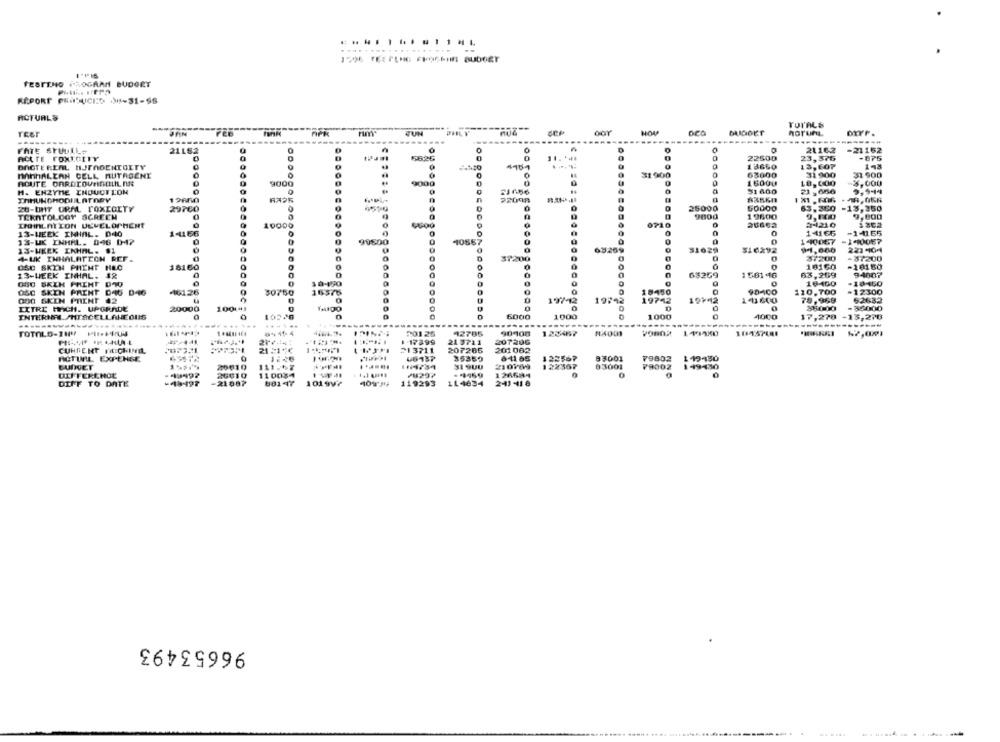
FESTINO PROGRAM BUDORY
RAPORT PRÁSUCIO 0-31-SS
ACTURLS
__ 200
TOTALs
TE&T
TUN
harun
21162
FATE STUUIL-
21152
-21152
-875
ACUTE TOXICITY
22500
23,376
BAGTE REAL HJTAGENTOITY
13660
13,607
MINHALEAN CELL RUTAGENY
63000
31 900
33 900
ROUTE CARDCOUNSELIL NA
16000
-3,000
H. ENZYME INDUCT L'ON
91 600
₹1,650
20-UMT ORAL FOXEOLTY
29760
25000
63.360 -13,350
TERATOLOGY SCREEN
9000
1 9600
9,800
9,800
INGInLAI CON DEVELOPMENT
2-1210
13-WEEK INHAL. D40
1-1166
0
0
14166
-1-0165
13-UK INHAL. 046 0-17
140067
-140057
13-WEEK INHAL. 01
.............
31029
516292
223404
4-UK INHALATION REF.
0
37200
-$7200
DSC SKIN PHENE HEC
18160
18160
-10150
13-WEEK INHAL. $2
68259
156146
63,269
94007
0
0
10-100
-18450
40126
OSC SKEN PRINT DAG D46
30750
16578
0
0
90400
110,700
-12300
000 SKIN PRENT 42
19/12
19:42
19742
10142
111600
78,968
52632
LITRE MICH. UPGRADE
20000
10014
36000
-35000
INTERNE.AHTACELLANE OUS
10329
6000
1000
1000
1000
$7,270 -15,278
.. .
..
TOTALS-INY PLIKU4
201 25
42705
90108
123487
10757401
1-17399
21 0711
207206
CURRENT FICICHUNEL
213711
207285
201082
ACTUAL EXPENSE
66137
8-11 65
128567
93001
1 19430
35369
79802
BUDGET
31 SUU
122307
83001
79302
1 49-430
DIFFERENCE
20010
110034
⑇8297
126694
DIFF TO DATE
-21087
88147
10199?
119293
114634
2-43 -41 8
96653493
......